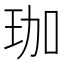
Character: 珈